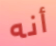
أنه